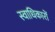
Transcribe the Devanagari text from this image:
स्वाधिकारों